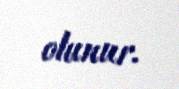
olunur.